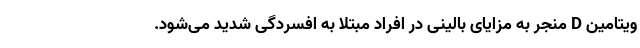
ویتامین D منجر به مزایای بالینی در افراد مبتلا به افسردگی شدید می‌شود.